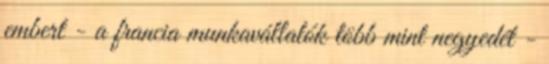
embert - a francia munkavállalók több mint negyedét -